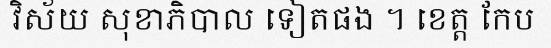
វិស័យ សុខាភិបាល ទៀតផង ។ ខេត្ត កែប